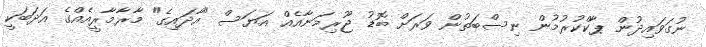
ނުގަވައިދުން ޕާކްކުރުމުން ނިސްބަތުން ވަރަށް ބޮޑު ޖޫރިމަނާއެއް އަޔަސް "އާދައިގެ" މާރާމާރީއެއްގެ އަދަބަކީ